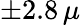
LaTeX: \pm 2.8\, \mu